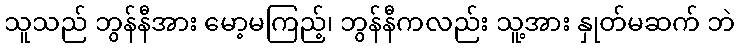
သူသည် ဘွန်နီအား မော့မကြည့်၊ ဘွန်နီကလည်း သူ့အား နှုတ်မဆက် ဘဲ